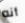
أنه